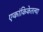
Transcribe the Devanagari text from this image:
एकांकिकेतल्या